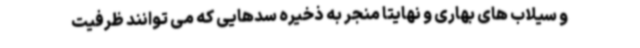
و سیلاب های بهاری و نهایتا منجر به ذخیره سدهایی که می توانند ظرفیت